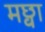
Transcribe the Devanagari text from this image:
मछ्वा